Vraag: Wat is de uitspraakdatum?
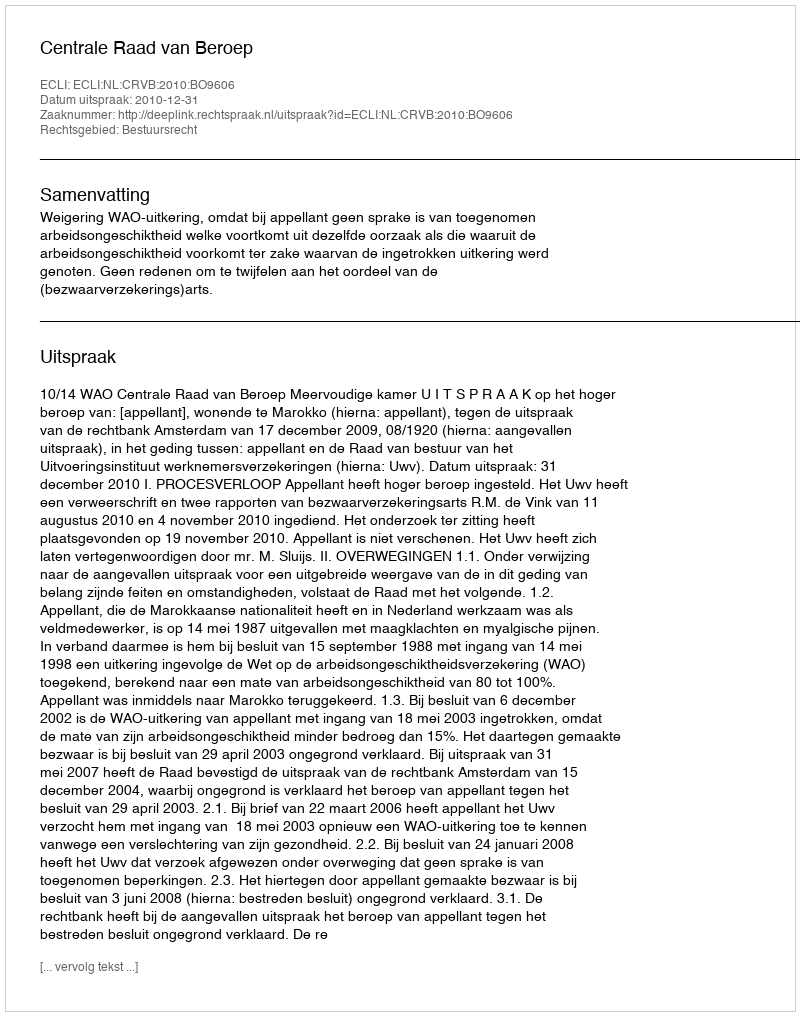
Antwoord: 2010-12-31